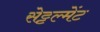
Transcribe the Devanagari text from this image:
सेट्टल्मेंट